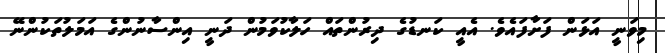
މިވަނީ އަޅަން ފަށާފައެވެ. އެއީ ކަނޑުގެ ދިރުންތައް ހަލާކުވަމުން ދަނީ އިންސާނުންގެ އަމަލުތަކުންނޭ